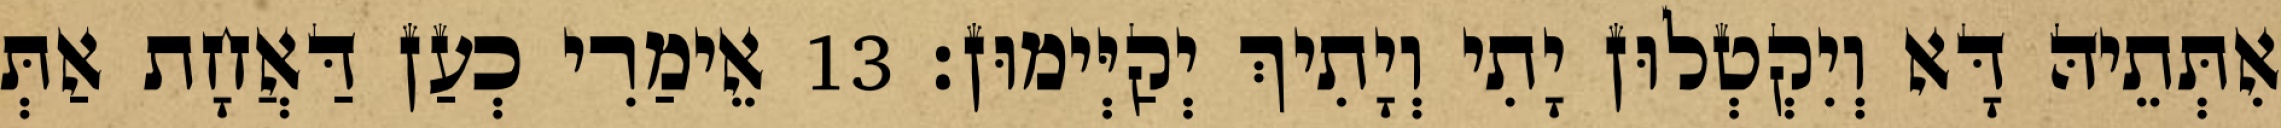
אִתְּתֵיהּ דָּא וְיִקְטְלוּן יָתִי וְיָתִיךְ יְקַיְּימוּן׃ 13 אֵימַרִי כְעַן דַּאֲחָת אַתְּ